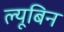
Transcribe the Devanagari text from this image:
ल्यूबिन